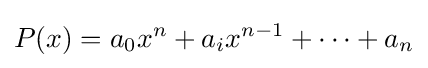
P(x)=a_{0}x^{n}+a_{i}x^{n-1}+\cdots +a_{n}